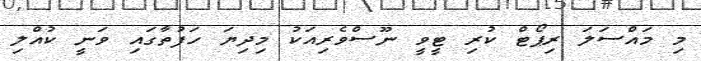
މި މައްސަލަ ރިޕޯޓް ކުރި ޓީވީ ނޫސްވެރިއަކު މިދިޔަ ހަފުތާގަައި ވަނީ ކުއްލި